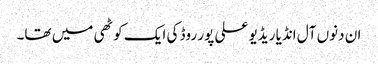
ان دنوں آل انڈیا ریڈیو علی پور روڈ کی ایک کوٹھی میں تھا۔